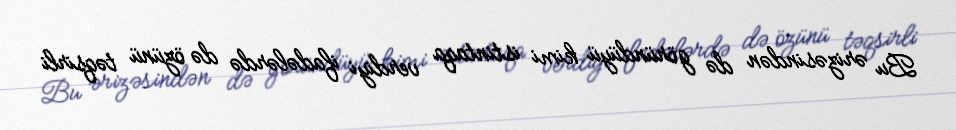
Bu ərizəsindən də göründüyü kimi istintaqa verdiyi ifadələrdə də özünü təqsirli